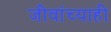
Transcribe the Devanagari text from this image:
जीवांच्याही